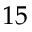
1 5